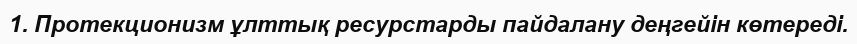
1. Протекционизм ұлттық ресурстарды пайдалану деңгейін көтереді.